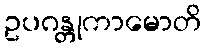
ဥပဂန္တုကာမောတိ